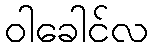
ဝါခေါင်လ